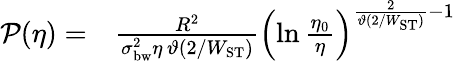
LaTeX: \begin{array}{rl}{\mathcal{P}(\eta)=}&{{}\frac{R^{2}}{\sigma_{\mathrm{bw}}^{2}\eta\, \vartheta(2/W_{\mathrm{ST}})}\left(\ln\frac{\eta_{0}}{\eta}\right)^{\frac{2}{\vartheta(2/W_{\mathrm{ST}})}-1}}\end{array}